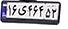
۱۶ی۴۶۴۵۲